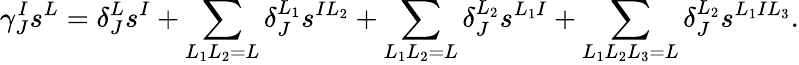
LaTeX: \gamma_{J}^{I}s^{L}=\delta_{J}^{L}s^{I}+\sum_{L_{1}L_{2}=L}\delta_{J}^{L_{1}}s^{IL_{2}}+\sum_{L_{1}L_{2}=L}\delta_{J}^{L_{2}}s^{L_{1}I}+\sum_{L_{1}L_{2}L_{3}=L}\delta_{J}^{L_{2}}s^{L_{1}IL_{3}}.